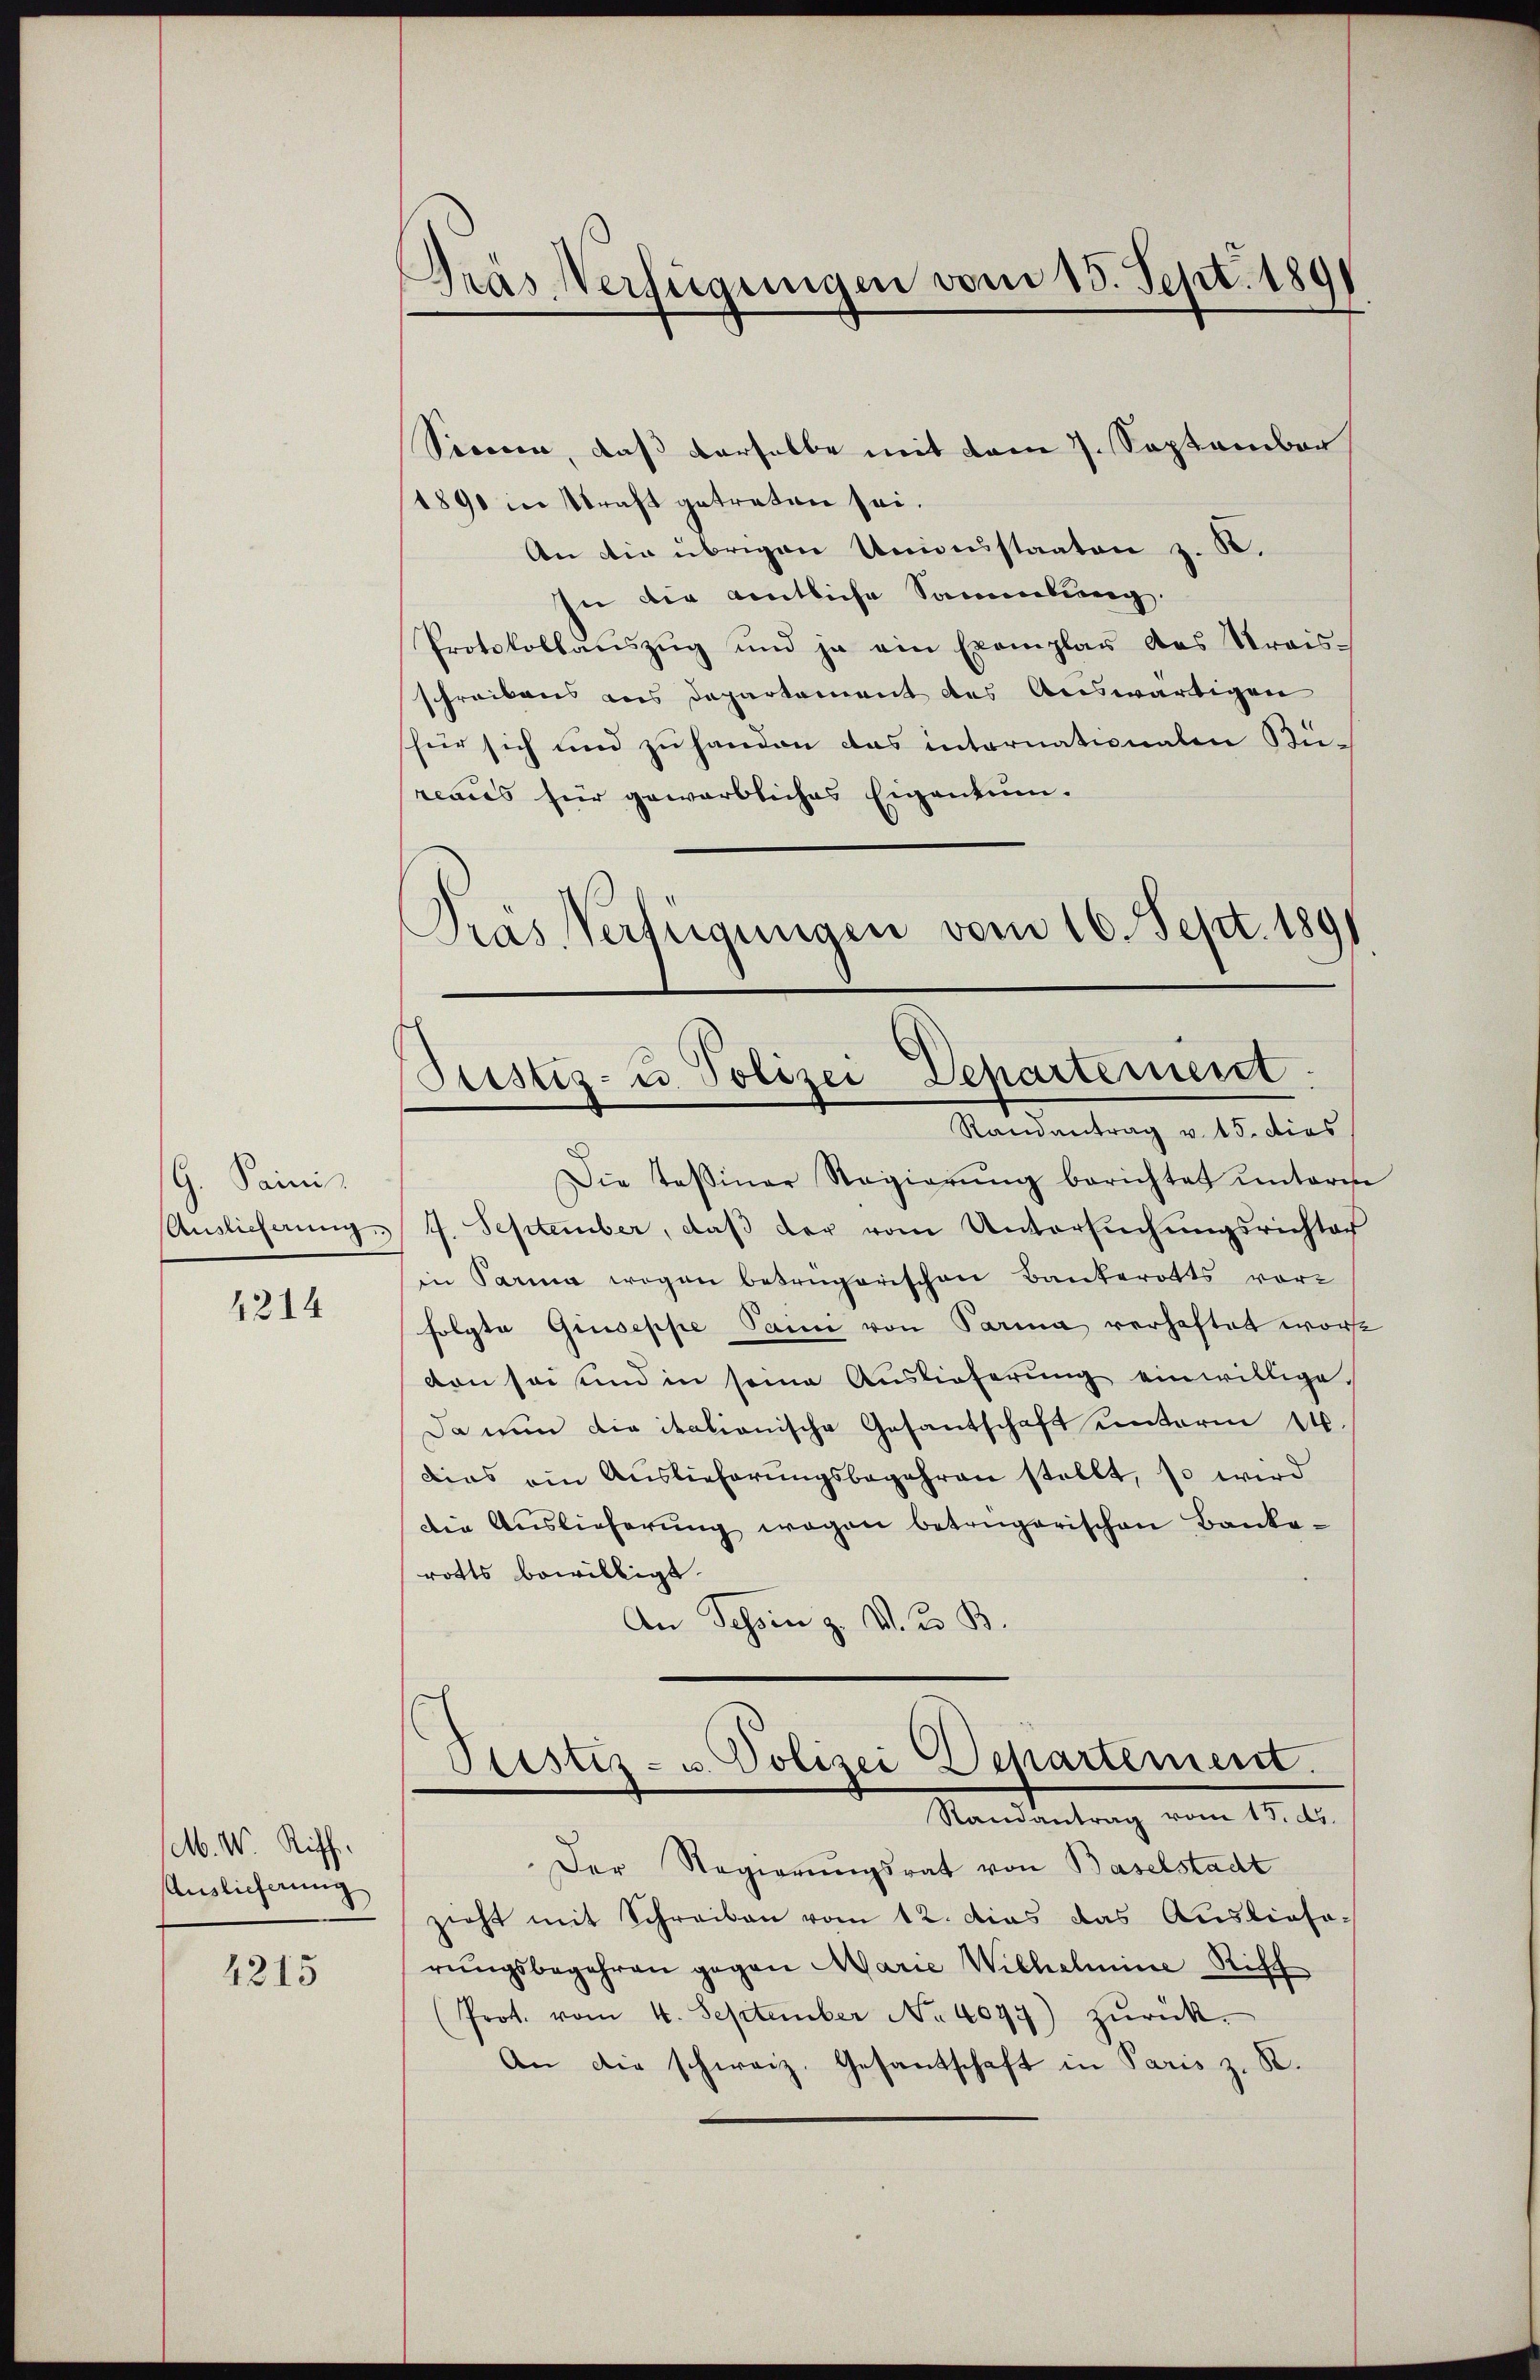
G. Sainis
Auslieferung

4214

M. W Riff
Auslieferung

4215

Gras Verfügungen vom 15. Sept. 1891

Secca, daß derselbe mit vom 7. September
1890 in Straft getreten sei.
An die übrigen Unionsstaaten z. B.
In die amtliche Sammlung.
Protokollauszug und ja ein Exemplar das Preisschreibens aus Departament des Auswärtigen
hür sich und zu handen das internationalen Büreaces für gewärbliches Eigentum.
Pras Verfügungen vom 16. Sept. 1891

Ptistig- u. Polizei Departement
e
Randantrag v. 15. dies

Die Tessiner Regierŭng berichtet unterm
7. September, daß der vom Untersuchungsrichter
in Parma wegen betrügerischen Bankerotts vorfolgte Giuseppe Paini von Parina verhaftet worde
don sei und in seine Auslieferung einwillige.
Da nun die italionische Gesantschaft unterm 14.
dias ein Auslieferungsbegehren stellt, so wird
Die Auslieferŭng wegen betrügerischen Bankerotts bewilligt.
An Tessin z. V. d. B.

Ptistiz- u. Polizei Departement.
Randantrag vom 15. d.

Der Regierungsrat von Baselstadt
zieht mit Schreiben vom 12. dies das Auslieforungsbegehren gegen Marie Wilhelmine Risch
(Prot. vom 4. September No 4097) zŭrück.
An die schweiz. Gesantschaft in Paris z. B.